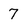
Character: 7